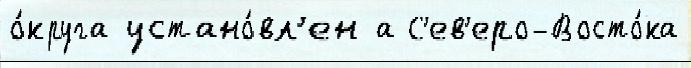
о́круга устано́вл'ен а С'ев'еро-Восто́ка